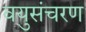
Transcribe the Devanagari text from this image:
वयुसंचरण